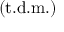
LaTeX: \mathrm { ( t . d . m . ) }